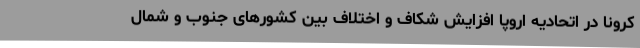
کرونا در اتحادیه اروپا افزایش شکاف و اختلاف بین کشورهای جنوب و شمال